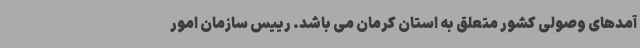
آمدهای وصولی کشور متعلق به استان کرمان می باشد. رییس سازمان امور